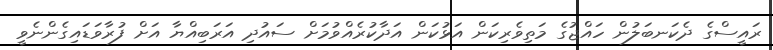
ރައީސްގެ ދެކަނބަލުން ހައްޖުގެ މަތިވެރިކަން އަޅުކަން އަދާކުރެއްވުމަށް ސައުދި އަރަބިއްޔާ އަށް ފުރާވަޑައިގެންނެވީ